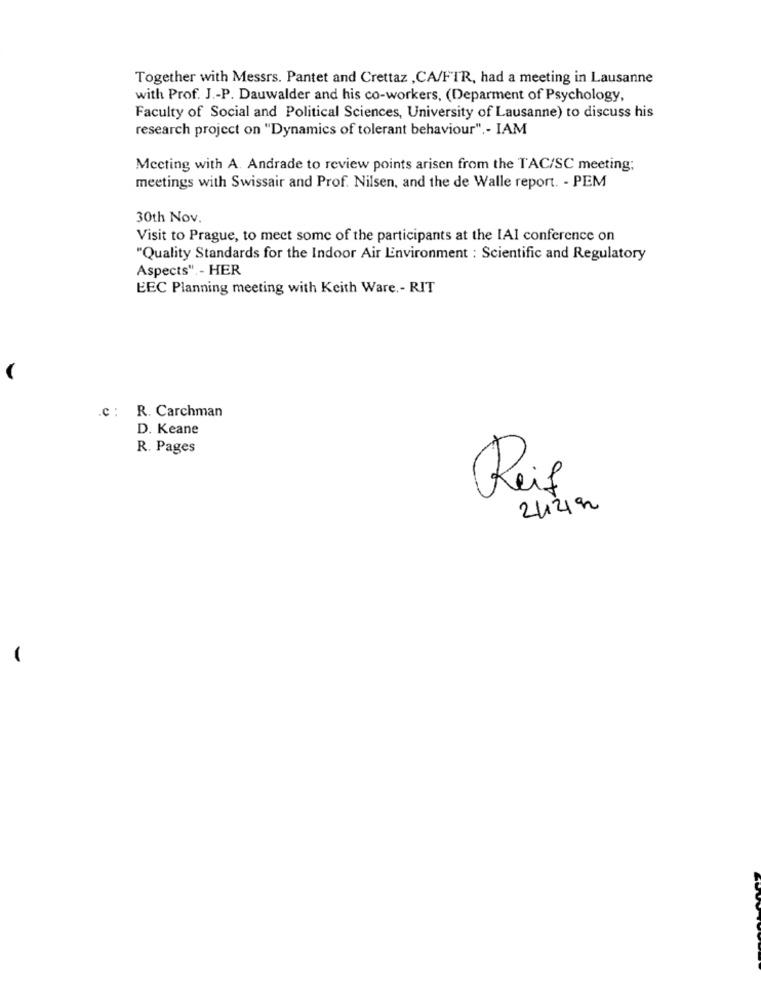
Together with Messrs. Pantet and Crettaz ,CA/FTR, had a meeting in Lausanne
with Prof. J .- P. Dauwalder and his co-workers, (Deparment of Psychology,
Faculty of Social and Political Sciences, University of Lausanne) to discuss his
research project on "Dynamics of tolerant behaviour" ,- IAM
Meeting with A. Andrade to review points arisen from the TAC/SC meeting;
meetings with Swissair and Prof. Nilsen, and the de Walle report. - PEM
30th Nov.
Visit to Prague, to meet some of the participants at the IAl conference on
"Quality Standards for the Indoor Air Environment : Scientific and Regulatory
Aspects". - HER
EEC Planning meeting with Keith Ware .- RIT
.c : R. Carchman
D. Keane
R. Pages
Reif